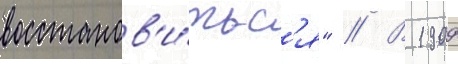
восстанов'и́тьс'я" // В 1909